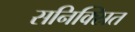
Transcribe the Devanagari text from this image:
सनिक्स्रित